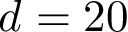
d = 2 0